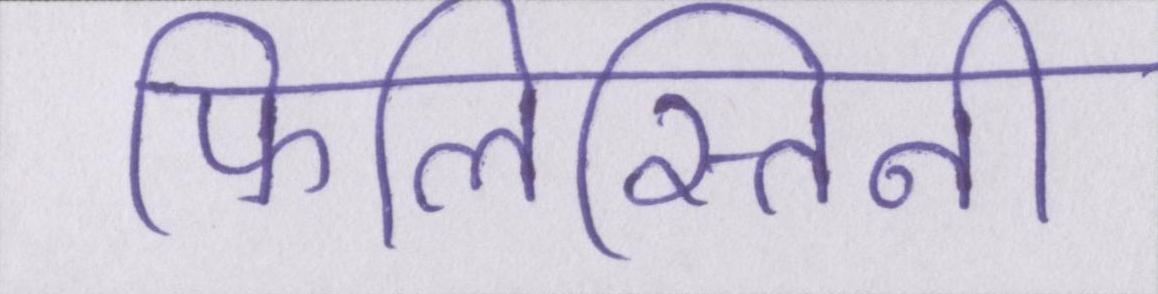
फिलिस्तिनी